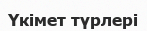
Үкімет түрлері